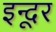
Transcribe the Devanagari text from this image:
इन्दूर